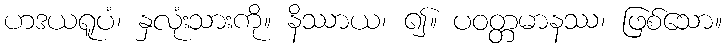
ဟဒယရူပံ၊ နှလုံးသားကို။ နိဿာယ၊ ၍။ ပဝတ္တမာနဿ၊ ဖြစ်သော။